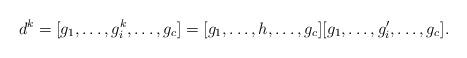
LaTeX: \begin{align*}d^{k} = [g_1, \dots, g_i^{k}, \dots, g_c] = [g_1, \dots, h, \dots, g_c] [g_1, \dots, g_i', \dots, g_c].\end{align*}